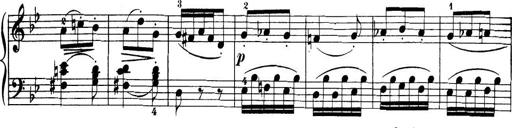
Title: 32 Sonatinas and Rondos for the Piano
Composer: Richard Kleinmichel